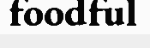
foodful